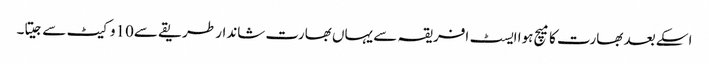
اسکے بعد بھارت کا میچ ہوا ایسٹ افریقہ سے یہاں بھارت شاندار طریقے سے10وکیٹ سے جیتا۔